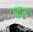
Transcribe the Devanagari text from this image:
घारू